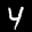
Label: 4